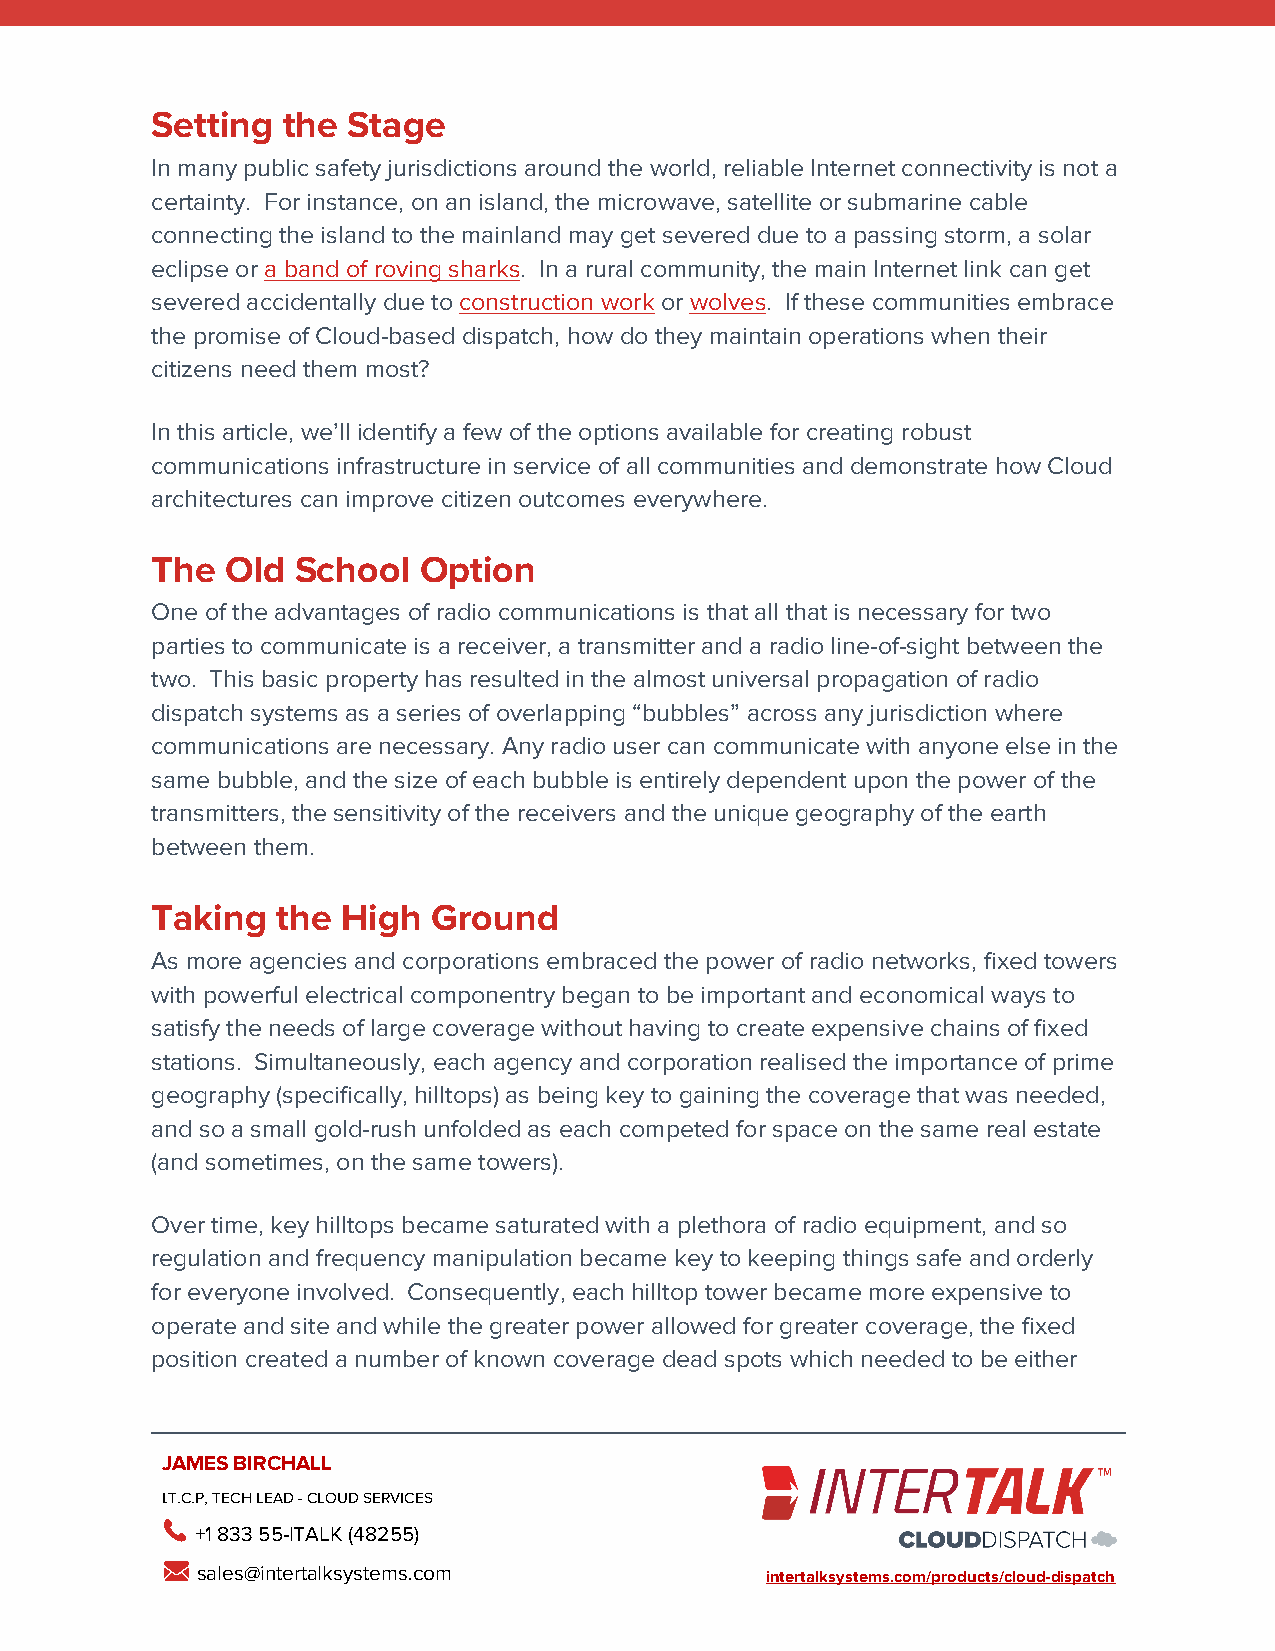
Setting  the Stage
 In many public safety jurisdictions around the world, reliable Internet connectivity is not a
 certainty. For instance, on an island, the microwave, satellite or submarine cable
 connecting the island to the mainland may get severed due to a passing storm, a solar
 eclipse or a band of roving sharks. In a rural community, the main Internet link can get
 severed accidentally due to construction work or wolves. If these communities embrace
 the promise of Cloud-based dispatch, how do they maintain operations when their
 citizens need them most?
 In this article, we’ll identify a few of the options available for creating robust
 communications infrastructure in service of all communities and demonstrate how Cloud
 architectures can improve citizen outcomes everywhere.
 The  Old  School  Option
 One of the advantages of radio communications is that all that is necessary for two
 parties to communicate is a receiver, a transmitter and a radio line-of-sight between the
 two. This basic property has resulted in the almost universal propagation of radio
 dispatch systems as a series of overlapping “bubbles” across any jurisdiction where
 communications are necessary. Any radio user can communicate with anyone else in the
 same bubble, and the size of each bubble is entirely dependent upon the power of the
 transmitters, the sensitivity of the receivers and the unique geography of the earth
 between them.
 Taking  the  High  Ground
 As more agencies and corporations embraced the power of radio networks, fixed towers
 with powerful electrical componentry began to be important and economical ways to
 satisfy the needs of large coverage without having to create expensive chains of fixed
 stations. Simultaneously, each agency and corporation realised the importance of prime
 geography (specifically, hilltops) as being key to gaining the coverage that was needed,
 and so a small gold-rush unfolded as each competed for space on the same real estate
 (and sometimes, on the same towers).
 Over time, key hilltops became saturated with a plethora of radio equipment, and so
 regulation and frequency manipulation became key to keeping things safe and orderly
 for everyone involved. Consequently, each hilltop tower became more expensive to
 operate and site and while the greater power allowed for greater coverage, the fixed
 position created a number of known coverage dead spots which needed to be either
 JAMES BIRCHALL
 I.T.C.P, TECH LEAD - CLOUD SERVICES
 +1 833 55-ITALK (48255)
 sales@intertalksystems.com            intertalksystems.com/products/cloud-dispatch